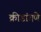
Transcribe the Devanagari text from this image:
क्रीडांगणे